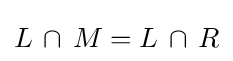
L\,\cap \,M=L\,\cap \,R